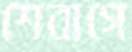
শেবাগে